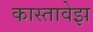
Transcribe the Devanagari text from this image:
कास्तावेझ